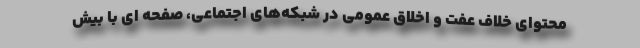
محتوای خلاف عفت و اخلاق عمومی در شبکه‌های اجتماعی، صفحه ای با بیش